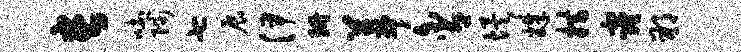
长吐陟七展伊珊葺含埃姝措窿朔